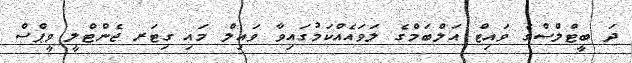
ދަ ބީޓްލްސްގެ ވައިޓް އަލްބަމްގެ ލަވައެއްކަމުގައިވާ ވައިލް މައި ގިޓަރ ޖެންޓްލީ ވީޕްސް